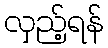
လှည့်ရန်